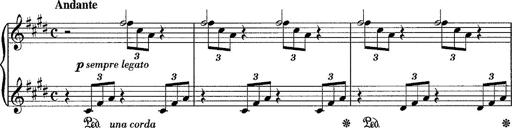
Title: Sancta Dorothea
Composer: Franz Liszt
Key: E major